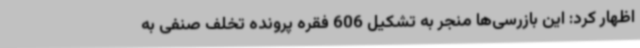
اظهار کرد: این بازرسی‌ها منجر به تشکیل 606 فقره پرونده تخلف صنفی به